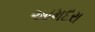
આમદરા